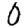
Digit: 0